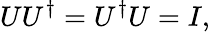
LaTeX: UU^{\dagger}=U^{\dagger}U=I,